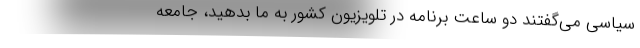
سیاسی می‌گفتند دو ساعت برنامه در تلویزیون کشور به ما بدهید، جامعه